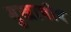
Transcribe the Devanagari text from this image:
मुखाचीच